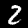
Label: 2